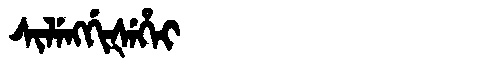
Manchu: ᠰᡳᠯᡝᠩᡤᡳᡧᡝᡥᡝᡳ
Romanization: SILENGGIŠEHEI